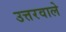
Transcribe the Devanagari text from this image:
उत्तरवाले